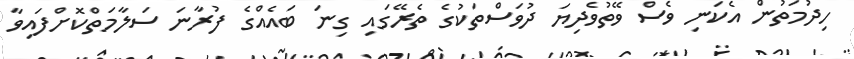
ހިދުމަތުން އެކަނި ވެސް ވޭތުވެދިޔަ ދުވަސްތަކުގެ ތެރޭގައި ގިނަ ބައެއްގެ ފުރާނަ ސަލާމަތްކޮށްފައިވާ